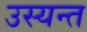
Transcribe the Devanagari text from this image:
उस्यन्त